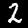
Label: 2